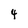
Character: 4